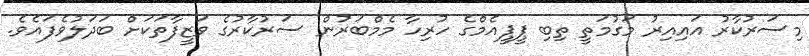
މިސަރުކާރު އައިއިރު މަގުމަތީ ތިބި ޕީޕީއެމްގެ ހުރިހާ މެމްބަރުން ސަރުކާރުގެ ވަޒީފާތަކަށް ބަދަލުވެފައެވެ.